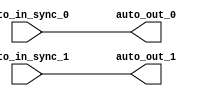
module IntSyncSyncCrossingSink(
  input   auto_in_sync_0,
  input   auto_in_sync_1,
  output  auto_out_0,
  output  auto_out_1
);
  assign auto_out_0 = auto_in_sync_0; // @[Nodes.scala 1210:84 LazyModule.scala 309:16]
  assign auto_out_1 = auto_in_sync_1; // @[Nodes.scala 1210:84 LazyModule.scala 309:16]
endmodule